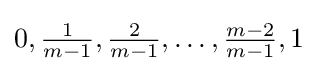
0,{\tfrac {1}{m-1}},{\tfrac {2}{m-1}},\ldots ,{\tfrac {m-2}{m-1}},1